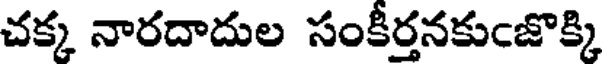
చక్క నారదాదుల సంకీర్తనకుఁజొక్కి